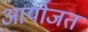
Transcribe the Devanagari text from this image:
आयोजत